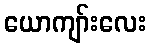
ယောကျာ်းလေး